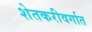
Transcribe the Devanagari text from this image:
शेतकरीवर्गात